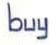
buy